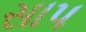
સાપ